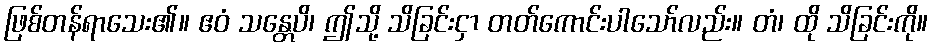
ဖြစ်တန်ရာသေး၏။ ဧဝံ သန္တေပိ၊ ဤသို့ သိခြင်းငှာ တတ်ကောင်းပါသော်လည်း။ တံ၊ ထို သိခြင်းကို။